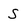
Character: S